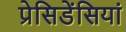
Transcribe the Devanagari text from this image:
प्रेसिडेंसियां